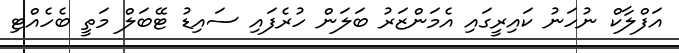
އަފްލާކް ނުހަނު ކައިރީގައި އެމަންޒަރު ބަލަން ހުރެފައި ސައިޑު ޓޭބަލް މަތީ ބެހެއްޓި